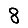
Digit: 8